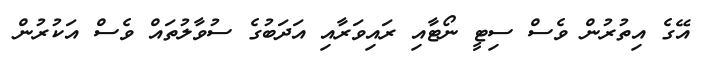
އޭގެ އިތުރުން ވެސް ސިޓީ ނޯޓާއި ރައިވަރާއި އަދަބުގެ ސުވާލުތައް ވެސް އަކުރުން